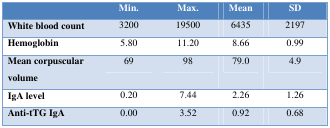
<table><thead><tr><td></td><td><b>Min.</b></td><td><b>Max.</b></td><td><b>Mean</b></td><td><b>SD</b></td></tr></thead><tbody><tr><td><b>White blood count</b></td><td>3200</td><td>19500</td><td>6435</td><td>2197</td></tr><tr><td><b>Hemoglobin</b></td><td>5.80</td><td>11.20</td><td>8.66</td><td>0.99</td></tr><tr><td><b>Mean corpuscular volume</b></td><td>69</td><td>98</td><td>79.0</td><td>4.9</td></tr><tr><td><b>IgA level</b></td><td>0.20</td><td>7.44</td><td>2.26</td><td>1.26</td></tr><tr><td><b>Anti-tTG IgA</b></td><td>0.00</td><td>3.52</td><td>0.92</td><td>0.68</td></tr></tbody></table>